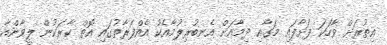
އިތުރަށް ވާހަކަ ފަށާފައި މަގާއި ދިމާއަށް އެނބުރިލުމާއެކު އެއްފަރާތުގައި އޮތް ކާރަކުން ލީވާންއާ